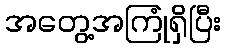
အတွေ့အကြုံရှိပြီး